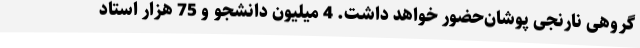
گروهی نارنجی‌ پوشان‌حضور خواهد داشت. 4 میلیون دانشجو و 75 هزار استاد